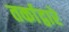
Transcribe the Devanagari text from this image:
तर्काद्वारे